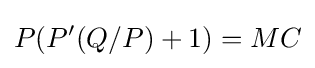
P(P'(Q/P)+1)=MC